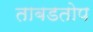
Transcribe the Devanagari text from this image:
ताबडतोप